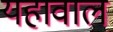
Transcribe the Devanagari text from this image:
यहावाल